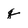
Character: q